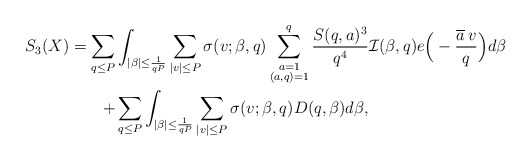
\begin{align*}S_3(X)=\sum_{q\le P}&\int_{|\beta|\le\frac{1}{qP}}\sum_{|v|\le P}\sigma(v;\beta,q)\sum_{\substack{a=1\\(a,q)=1}}^q\frac{S(q,a)^3}{q^4}\mathcal{I}(\beta,q)e\Big(-\frac{\overline{a}\,v}{q}\Big)d\beta \\ +& \sum_{q\le P}\int_{|\beta|\le\frac{1}{qP}}\sum_{|v|\le P}\sigma(v;\beta,q)D(q,\beta)d\beta,\end{align*}